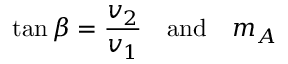
\tan \beta = { \frac { v _ { 2 } } { v _ { 1 } } } \quad \mathrm { a n d } \quad m _ { A }